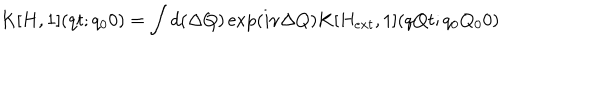
LaTeX: K [ H , 1 ] ( q t ; q _ { 0 } 0 ) = \int d ( \Delta Q ) \exp ( i \nu \Delta Q ) K [ H _ { e x t } , 1 ] ( q Q t ; q _ { 0 } Q _ { 0 } 0 )